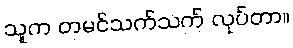
သူက တမင်သက်သက် လုပ်တာ။